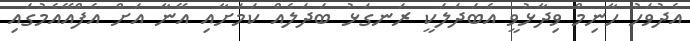
އެދުވަހު ހާނިމް ވިދާޅުވީ އެބަދަލަކީ ރަނގަޅު ބަދަލެއް ކަމަށާއި އޭނާ އަށް އެފްއޭއެމުގައި